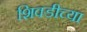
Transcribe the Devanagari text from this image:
शिवडीच्या